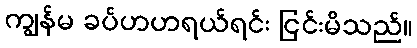
ကျွန်မ ခပ်ဟဟရယ်ရင်း ငြင်းမိသည်။